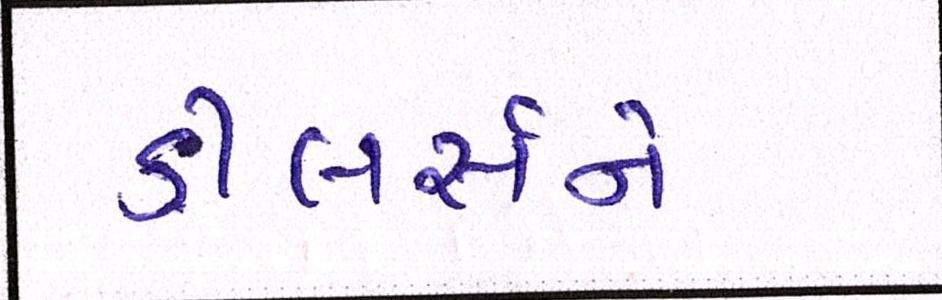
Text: ડીલર્સને